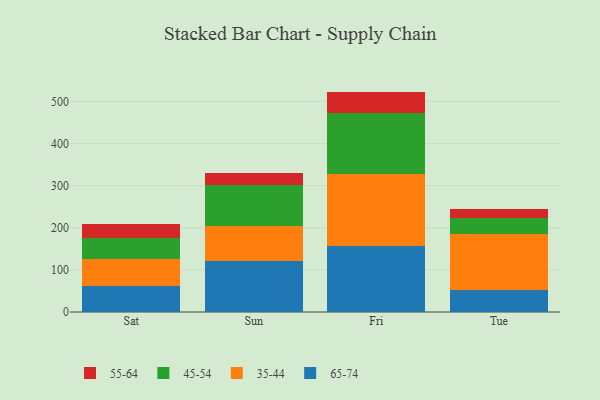
{"axis": {"x": "Day", "y": "Energy Usage (MWh)"}, "legend": ["35-44", "45-54", "55-64", "65-74"], "data": [{"x": "Sat", "y": 61.9, "type": "65-74"}, {"x": "Sat", "y": 63.2, "type": "35-44"}, {"x": "Sat", "y": 51.3, "type": "45-54"}, {"x": "Sat", "y": 31.4, "type": "55-64"}, {"x": "Sun", "y": 120.8, "type": "65-74"}, {"x": "Sun", "y": 84.2, "type": "35-44"}, {"x": "Sun", "y": 96.8, "type": "45-54"}, {"x": "Sun", "y": 29.1, "type": "55-64"}, {"x": "Fri", "y": 156.7, "type": "65-74"}, {"x": "Fri", "y": 171.3, "type": "35-44"}, {"x": "Fri", "y": 145.4, "type": "45-54"}, {"x": "Fri", "y": 49.8, "type": "55-64"}, {"x": "Tue", "y": 51.7, "type": "65-74"}, {"x": "Tue", "y": 133.3, "type": "35-44"}, {"x": "Tue", "y": 39.3, "type": "45-54"}, {"x": "Tue", "y": 19.7, "type": "55-64"}]}